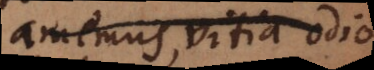
amemus, vitia odio